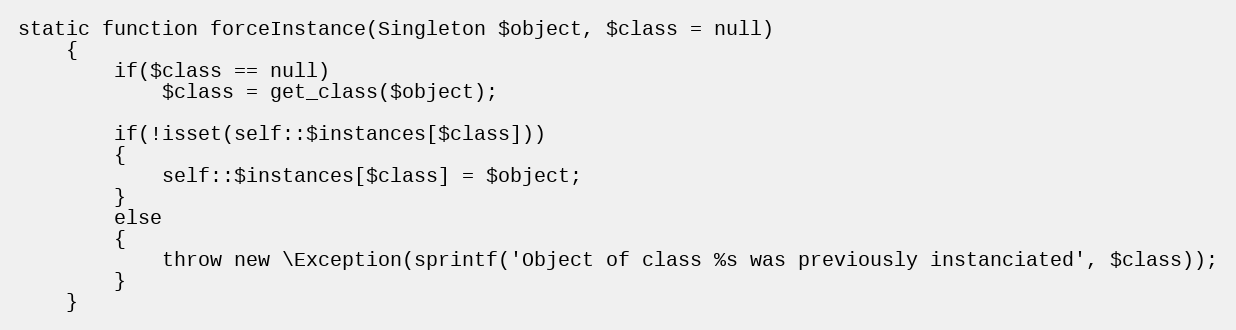
Language: PHP
static function forceInstance(Singleton $object, $class = null)
	{
		if($class == null)
			$class = get_class($object);

		if(!isset(self::$instances[$class]))
		{
			self::$instances[$class] = $object;
		}
		else
		{
			throw new \Exception(sprintf('Object of class %s was previously instanciated', $class));
		}
	}